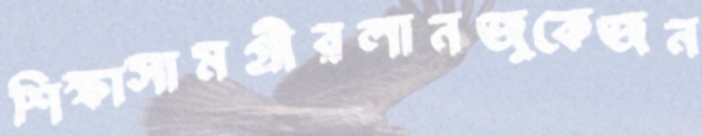
শিক্ষাসামগ্রীরলানজুকেজন